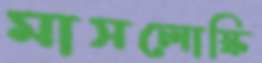
মাসলোস্কি